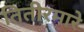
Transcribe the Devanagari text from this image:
तितीरमारे